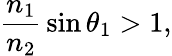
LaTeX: {\frac{n_{1}}{n_{2}}}\sin\theta_{1}>1,